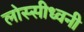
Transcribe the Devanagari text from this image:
लोस्सीध्वनी